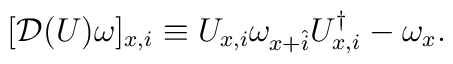
[{\cal D}(U)\omega]_{x,i} \equiv U_{x,i}\omega_{x+\hat{i}} U_{x,i}^\dagger - \omega_x .